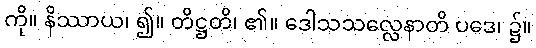
ကို။ နိဿာယ၊ ၍။ တိဋ္ဌတိ၊ ၏။ ဒေါသသလ္လေနာတိ ပဒေ၊ ၌။